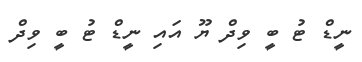
ނީޑް ޓު ބީ ވިދް ޔޫ އައި ނީޑް ޓު ބީ ވިދް